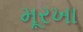
મૂરખા